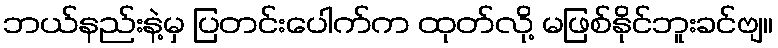
ဘယ်နည်းနဲ့မှ ပြတင်းပေါက်က ထုတ်လို့ မဖြစ်နိုင်ဘူးခင်ဗျ။